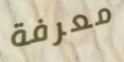
معرفة